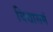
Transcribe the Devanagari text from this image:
विद्यासमं